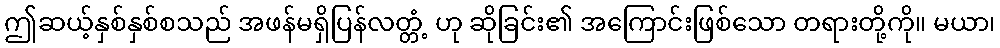
ဤဆယ့်နှစ်နှစ်စသည် အဖန်မရှိပြန်လတ္တံ့ ဟု ဆိုခြင်း၏ အကြောင်းဖြစ်သော တရားတို့ကို။ မယာ၊